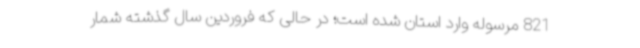
821 مرسوله وارد استان شده است؛ در حالی که فروردین سال گذشته شمار